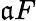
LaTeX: \mathfrak{a}F